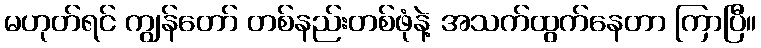
မဟုတ်ရင် ကျွန်တော် တစ်နည်းတစ်ဖုံနဲ့ အသက်ထွက်နေတာ ကြာပြီ။